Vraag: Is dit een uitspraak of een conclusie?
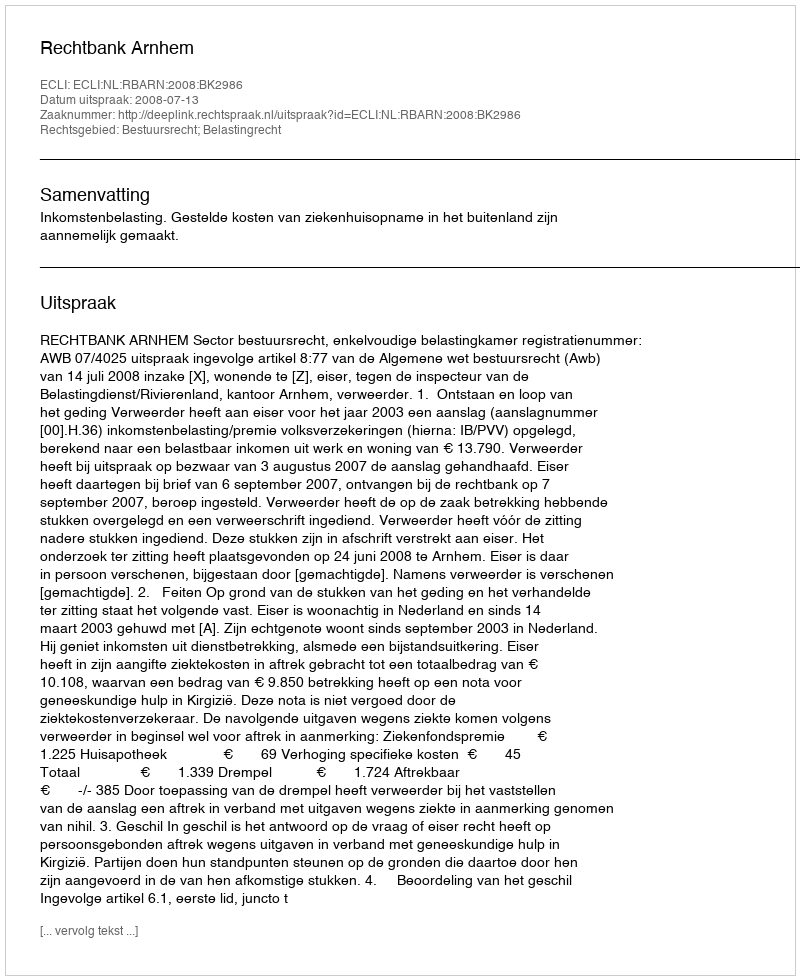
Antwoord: Uitspraak